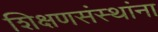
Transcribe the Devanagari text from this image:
शिक्षणसंस्थांना